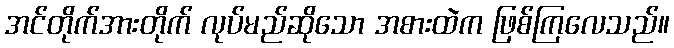
အင်တိုက်အားတိုက် လုပ်မည်ဆိုသော အစားထဲက ဖြစ်ကြလေသည်။